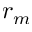
r _ { m }